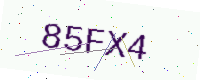
Text: 85FX4